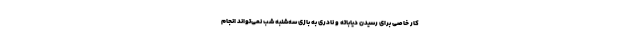
کار خاصی برای رسیدن دیاباته و نادری به بازی سه‌شنبه شب نمی‌تواند انجام